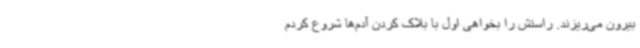
بیرون می‌ریزند. راستش را بخواهی اول با بلاک کردن آدم‌ها شروع کردم